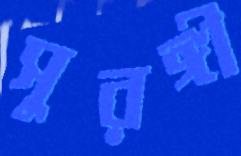
সুরঙ্গী